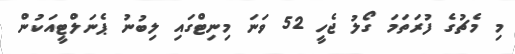
މި މެޗުގެ ފުރަތަމަ ގޯލު ޖެހީ 52 ވަނަ މިނިޓްގައި ލިބުނު ޕެނަލްޓީއަކުން